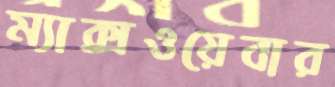
ম্যাক্সওয়েবার